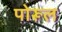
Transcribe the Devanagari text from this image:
पोरूल